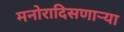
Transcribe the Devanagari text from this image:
मनोरादिसणार्‍या